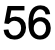
56